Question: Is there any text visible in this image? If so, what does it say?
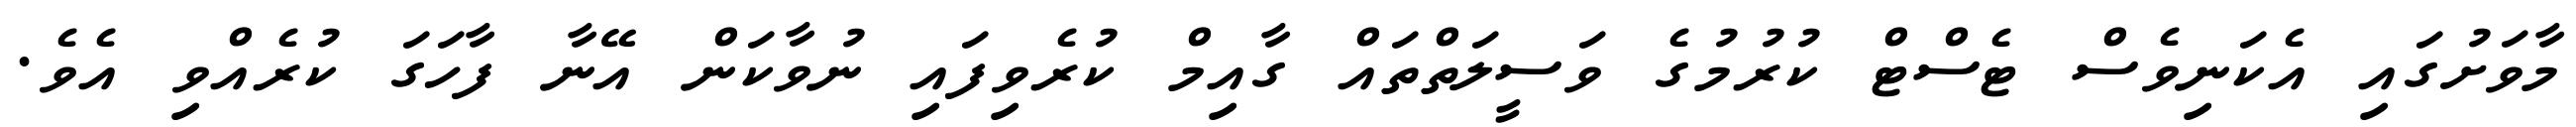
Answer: މާވަށުގައި އެކަނިވެސް ޓެސްޓް ކުރުމުގެ ވަސީލަތްތައް ގާއިމް ކުރެވިފައި ނުވާކަން އޭނާ ފާހަގަ ކުރެއްވި އެވެ.